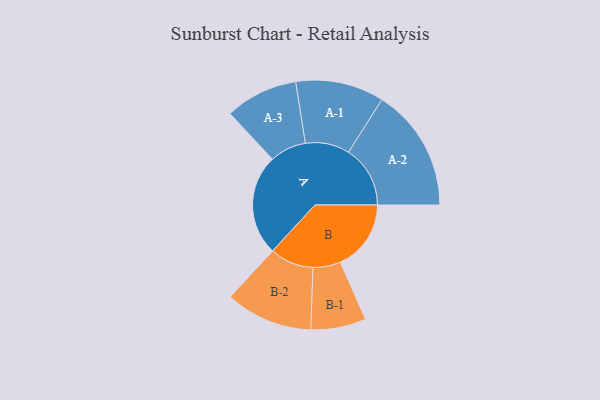
{"axis": {"x": "Segment", "y": "Value"}, "legend": ["", "A", "B"], "data": [{"x": "A", "y": 388, "type": ""}, {"x": "B", "y": 272, "type": ""}, {"x": "A-1", "y": 170, "type": "A"}, {"x": "A-2", "y": 237, "type": "A"}, {"x": "A-3", "y": 140, "type": "A"}, {"x": "B-1", "y": 106, "type": "B"}, {"x": "B-2", "y": 168, "type": "B"}]}